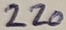
Text: 220